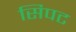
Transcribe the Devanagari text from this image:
सिपट